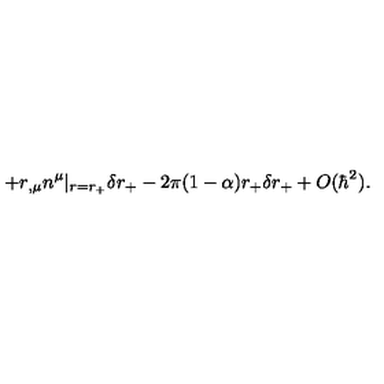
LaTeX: + r _ { , \mu } n ^ { \mu } | _ { r = r _ { + } } \delta r _ { + } - 2 \pi ( 1 - \alpha ) r _ { + } \delta r _ { + } + O ( \hbar ^ { 2 } ) .